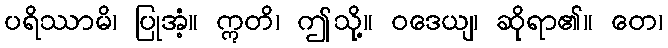
ပရိဿာမိ၊ ပြုအံ့။ ဣတိ၊ ဤသို့။ ဝဒေယျ၊ ဆိုရာ၏။ တေ၊